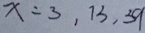
x = 3 , 1 3 , 3 9